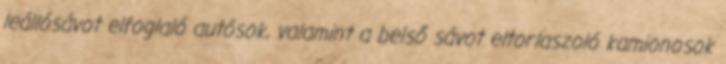
leállósávot elfoglaló autósok, valamint a belső sávot eltorlaszoló kamionosok